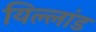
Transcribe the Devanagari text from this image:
यिल्लांड